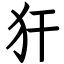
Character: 犴